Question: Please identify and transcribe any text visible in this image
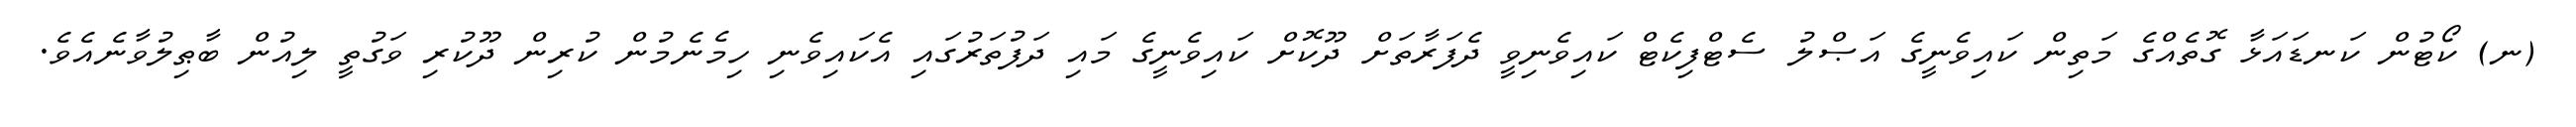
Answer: (ނ) ކޯޓުން ކަނޑައަޅާ ގޮތެއްގެ މަތިން ކައިވެނީގެ އަޞްލު ސެޓްފިކެޓް ކައިވެނިވީ ދެފަރާތަށް ދޫކޮށް ކައިވެނީގެ މައި ދަފުތަރުގައި އެކައިވެނި ހިމެނެމުން ކުރިން ދޫކުރި ވަގުތީ ލިއުން ބާޠިލުވާނެއެވެ.